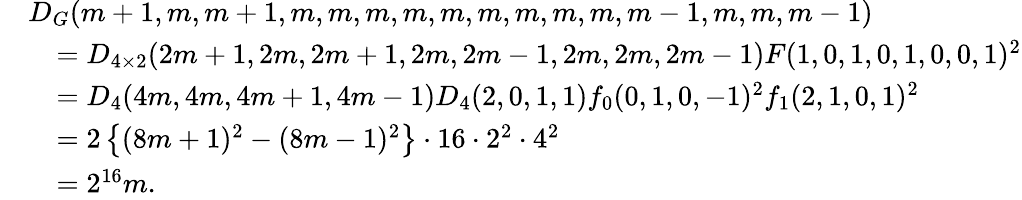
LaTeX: \begin{array}{rl}&{D_{G}(m+1,m,m+1,m,m,m,m,m,m,m,m,m,m-1,m,m,m-1)}\\ &{\quad=D_{4\times 2}(2m+1,2m,2m+1,2m,2m-1,2m,2m,2m-1)F(1,0,1,0,1,0,0,1)^{2}}\\ &{\quad=D_{4}(4m,4m,4m+1,4m-1)D_{4}(2,0,1,1)f_{0}(0,1,0,-1)^{2}f_{1}(2,1,0,1)^{2}}\\ &{\quad=2\left\{ (8m+1)^{2}-(8m-1)^{2}\right\} \cdot 16\cdot 2^{2}\cdot 4^{2}}\\ &{\quad=2^{16}m.}\end{array}